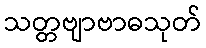
သတ္တဗျာဗာဓသုတ်